Annual report on the Civil Veterinary Department, Burma (including the Insein Veterinary School) - 1932-1941
Year: 1932
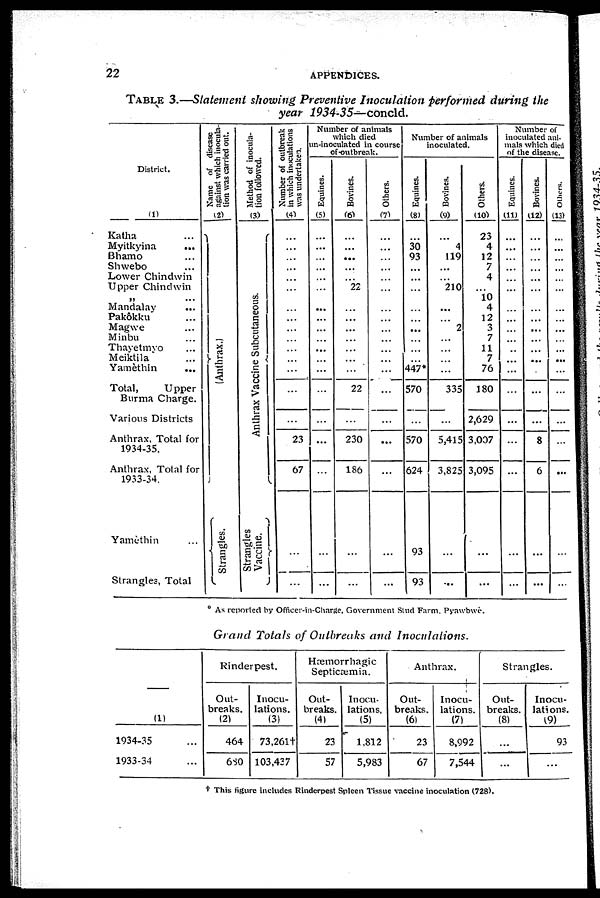
22
APPENDICES.
TABLE 3.—Statement showing Preventive Inoculation
performed
during
the
year
1934-35—concld.
District.
(1)
Katha ...
Myitkyina ...
Bhamo ...
Shwebo ...
Lower Chindwin
Upper Chindwin
„ ...
Mandalay ...
Pakôkku ...
Magwe ...
Minbu ...
Thayetmyo ...
Meiktila ...
Yamèthin
...
Total,
Upper
Burma Charge.
Various Districts
Anthrax. Total for
1934-35.
Anthrax, Total for
1933-34.
Yamèthin ...
Strangles, Total
Name of disease
against which inocula-
tion was carried out.
(2)
(Anthrax.)
Strangles.
Method of inocula-
tion followed.
(3)
Anthrax Vaccine Subcutaneous.
Strangles
Vaccine.
Number of outbreak
in which insulations
was undertaken.
(4)
...
...
...
...
...
...
...
...
...
...
...
...
...
...
...
23
67
...
...
Number of animals
which died
in-inoculated in course
of outbreak.
Equines.
(5)
...
...
...
...
...
...
...
...
...
...
...
...
...
...
...
...
...
...
...
Bovines.
(6)
...
...
...
...
...
22
...
...
...
...
...
...
...
22
...
230
186
...
...
Others.
(7)
...
...
...
...
...
...
...
...
...
...
...
...
...
...
...
...
...
...
...
Number of animals
inoculated.
Equines.
(8)
...
30
93
...
...
...
...
...
...
...
...
...
447*
570
...
570
624
93
93
Bovines.
(9)
...
4
119
...
...
210
...
...
2
...
...
...
...
335
...
5,415
3,825
...
...
Others.
(10)
23
4
12
7
4
...
10
4
12
3
7
11
7
76
180
2,629
3,007
3,095
...
...
Number of
inoculated ani-
mals which died
of the disease.
Equines.
(11)
...
...
...
...
...
...
...
...
...
...
...
...
...
...
...
...
...
...
...
Bovines.
(12)
...
...
...
...
...
...
...
...
...
...
...
...
...
...
...
8
6
...
...
Others.
(13)
...
...
...
...
...
...
...
...
...
...
...
...
...
...
...
...
...
...
...
As reported by Offices-in-Charge, Government Stud Farm. Pyawbwe.
Grand
7"olals of Outbreaks
and
Inoculations.
—
(1)
1934-35 ...
1933-34 ...
Rinderpest.
Out-
breaks.
(2)
464
680
Inocu-
lations.
(3)
73,261†
103,427
Hæmorrhagic
Septicæmia.
Out-
breaks.
(4)
23
57
Inocu-
lations.
(5)
1,812
5,983
Anthrax.
Out-
breaks.
(6)
23
67
Inocu-
lations.
(7)
8,992
7,544
Strangles.
Out-
breaks.
(8)
...
...
Inocu-
lations.
(9)
93
...
† This figure includes Rinderpest Spleen Tissue vaccine inoculation (728).